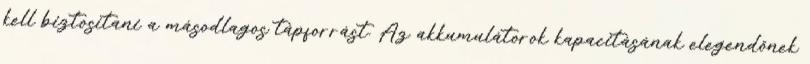
kell biztosítani a másodlagos tápforrást. Az akkumulátorok kapacitásának elegendõnek